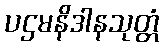
ပဌမနိဒါနသုတ္တံ